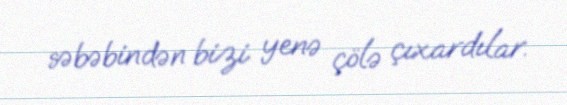
səbəbindən bizi yenə çölə çıxardılar.